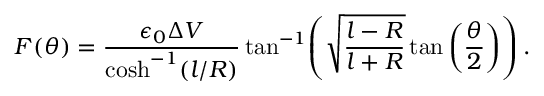
F ( \theta ) = \frac { \epsilon _ { 0 } \Delta V } { \cosh ^ { - 1 } ( l / R ) } \tan ^ { - 1 } \! \left( \sqrt { \frac { l - R } { l + R } } \tan \left( \frac { \theta } { 2 } \right) \right) .